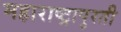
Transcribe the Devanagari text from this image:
महाराष्ट्रापुरती